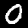
Digit: 0